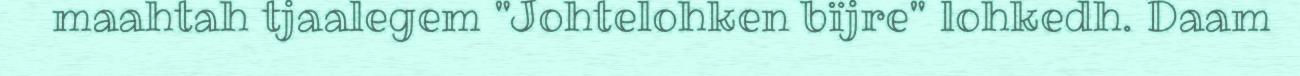
maahtah tjaalegem "Johtelohken bïjre" lohkedh. Daam